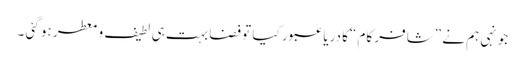
جونہی ہم نے ”شافر کام “کا دریا عبور کیا تو فضا بہت ہی لطیف و معطر ہو گئی ۔